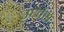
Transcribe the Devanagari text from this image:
उध्वंस